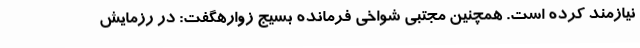
نیازمند کرده است. همچنین مجتبی شواخی فرمانده بسیج زوارهگفت: در رزمایش